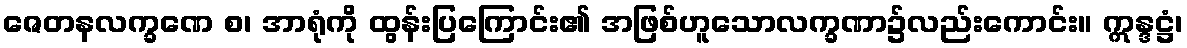
ဇေတနလက္ခဏေ စ၊ အာရုံကို ထွန်းပြကြောင်း၏ အဖြစ်ဟူသောလက္ခဏာ၌လည်းကောင်း။ ဣန္ဒဋ္ဌံ၊